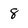
Character: 8